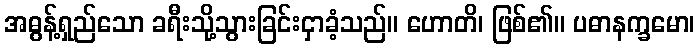
အဓွန့်ရှည်သော ခရီးသို့သွားခြင်းငှာခံ့သည်။ ဟောတိ၊ ဖြစ်၏။ ပဓာနက္ခမော၊